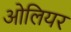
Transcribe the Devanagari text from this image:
ओलियर